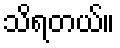
သိရတယ်။